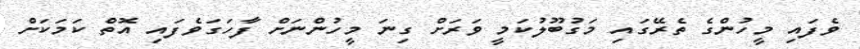
ވެފައި މީހުންގެ ތެރޭގައި މަގުބޫލުކަމީ ވަރަށް ގިނަ މީހުންނަށް ފާހަގަވެފައި އޮތް ކަމަކަށް